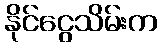
နိုင်ငွေသိမ်းက